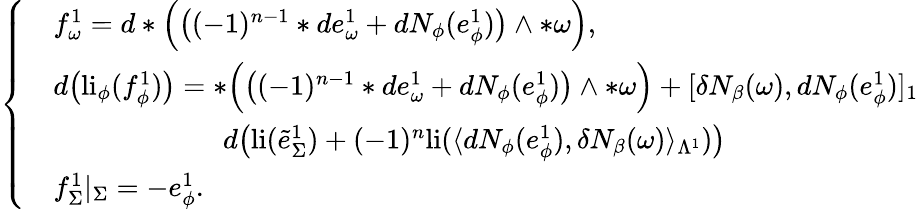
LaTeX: \left\{ \begin{array}{ll}&{f_{\omega}^{1}=d\ast\Big(\big((-1)^{n-1}\ast de_{\omega}^{1}+dN_{\phi}(e_{\phi}^{1})\big)\wedge\ast\omega\Big),}\\ &{d\big(\mathrm{li}_{\phi}(f_{\phi}^{1})\big)=\ast\Big(\big((-1)^{n-1}\ast de_{\omega}^{1}+dN_{\phi}(e_{\phi}^{1})\big)\wedge\ast\omega\Big)+[\delta N_{\beta}(\omega),dN_{\phi}(e_{\phi}^{1})]_{1}}\\ &{\qquad\qquad\qquad d\big(\mathrm{li}(\tilde{e}_{\Sigma}^{1})+(-1)^{n}\mathrm{li}(\langle dN_{\phi}(e_{\phi}^{1}),\delta N_{\beta}(\omega)\rangle_{\Lambda^{1}})\big)}\\ &{f_{\Sigma}^{1}|_{\Sigma}=-e_{\phi}^{1}.}\end{array}\right.